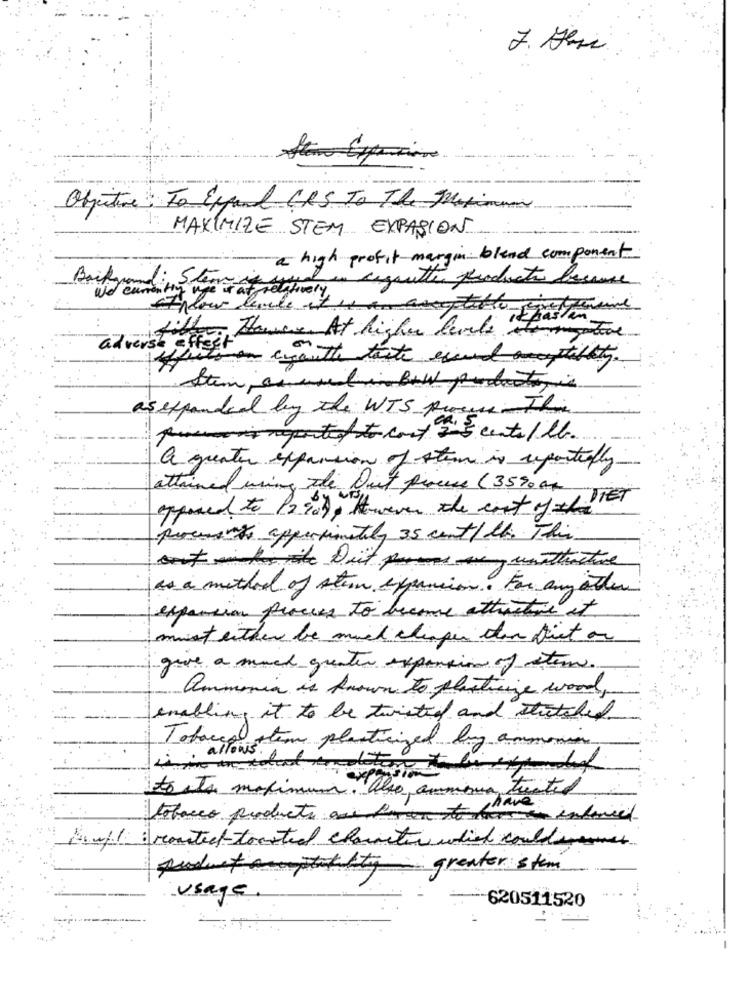
Objective To Expand CRS TO The Maximum
MAXIMIZE STEM EXPASION
a high profit margin blend component
Background: Stem is used in cegoutte products because
Wel currently uge
Andou levele
adverse effect
Have At higher levels
Whitman cyanthe taste escud tility.
Stem anund in Bowl producto in
as expanded by the WTS procure This
piacon reported to cost 2 5 cents / lb.
a greater expansion of sten is reportedly.
attained using the Dust process (3590 0g)
opposed to 12909, However the cost of the TET
presente apperximately 35 cent/ tt. This
outside iste Det pur si, unattractive
as a method of stern expansion. For any other
expansion process to become attractie it
must either be much cheaper dan füst or
give a much greater expansion of stem.
ammonia is known to plasticize wood,
enabling it to be twisted and stitched
Tobacco stem plasticized big ammonia
4 . allows to
to its maximum. also, ammonia tuntel
tobacco products as deren to house indenied
Einfl : routeet toasted charactin which could
Auduet atachity greater stem
usage
620511520